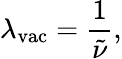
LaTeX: \lambda_{\mathrm{{vac}}}={\frac{1}{\tilde{\nu}}},